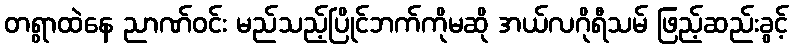
တရွာထဲနေ ညာဏ်ဝင်း မည်သည့်ပြိုင်ဘက်ကိုမဆို အယ်လဂိုရီသမ် ဖြည့်ဆည်းခွင့်